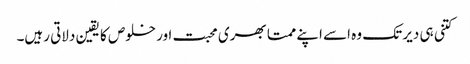
کتنی ہی دیر تک وہ اسے اپنے ممتا بھری محبت اور خلوص کا یقین دلاتی رہیں۔